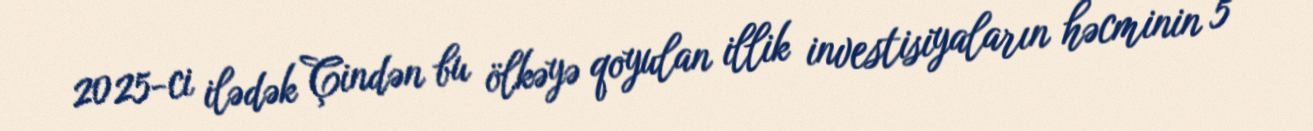
2025-ci ilədək Çindən bu ölkəyə qoyulan illik investisiyaların həcminin 5